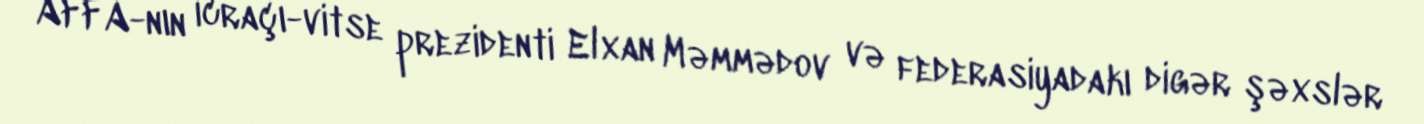
AFFA-nın icraçı-vitse prezidenti Elxan Məmmədov və federasiyadakı digər şəxslər